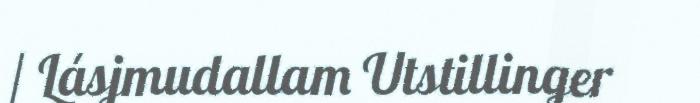
/ Lásjmudallam Utstillinger